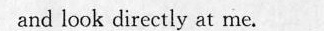
and look directiy at me.